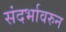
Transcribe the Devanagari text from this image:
संदर्भावरुन